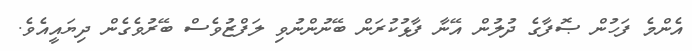
އެންމެ ފަހުން ޞޮފާގެ ދުލުން އޭނާ ފާޅުކުރަން ބޭނުންނުވި ލަފްޒުވެސް ބޭރުވެގެން ދިޔައީއެވެ.